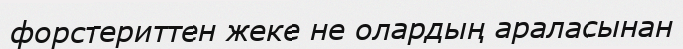
форстериттен жеке не олардың араласынан